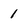
Character: 1